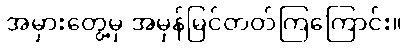
အမှားတွေ့မှ အမှန်မြင်တတ်ကြကြောင်း။